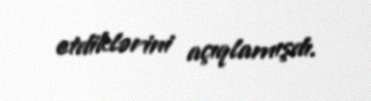
etdiklərini açıqlamışdı.